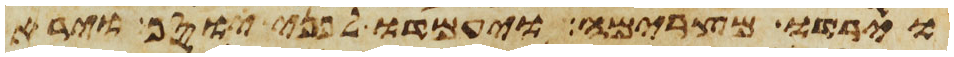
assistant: וירדו מצרימה ויעמדו לפני יוסף וירא